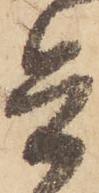
兵